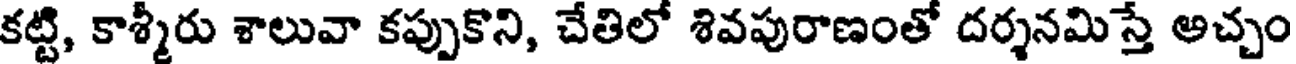
కట్టి, కాశ్మీరు శాలువా కప్పుకొని, చేతిలో శివపురాణంతో దర్శనమిస్తే అచ్చం